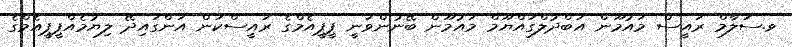
ވ.ސަލާމް ރައީސް މައުމޫން އަބްދުލްގައްޔޫމް މައުމޫން ބޭނުންވަނީ ޕީޕީއެމްގެ ރައީސްކަން އަންގައިދޭ ލިޔުމެއްޕީޕީއެމްގެ